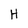
Character: H